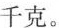
千克。